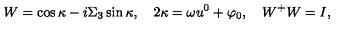
W = \cos \kappa - i \Sigma _ { 3 } \sin \kappa , \quad 2 \kappa = \omega u ^ { 0 } + \varphi _ { 0 } , \quad W ^ { + } W = I ,